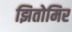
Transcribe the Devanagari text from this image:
झितोमिर